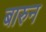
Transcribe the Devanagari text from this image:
बारुन